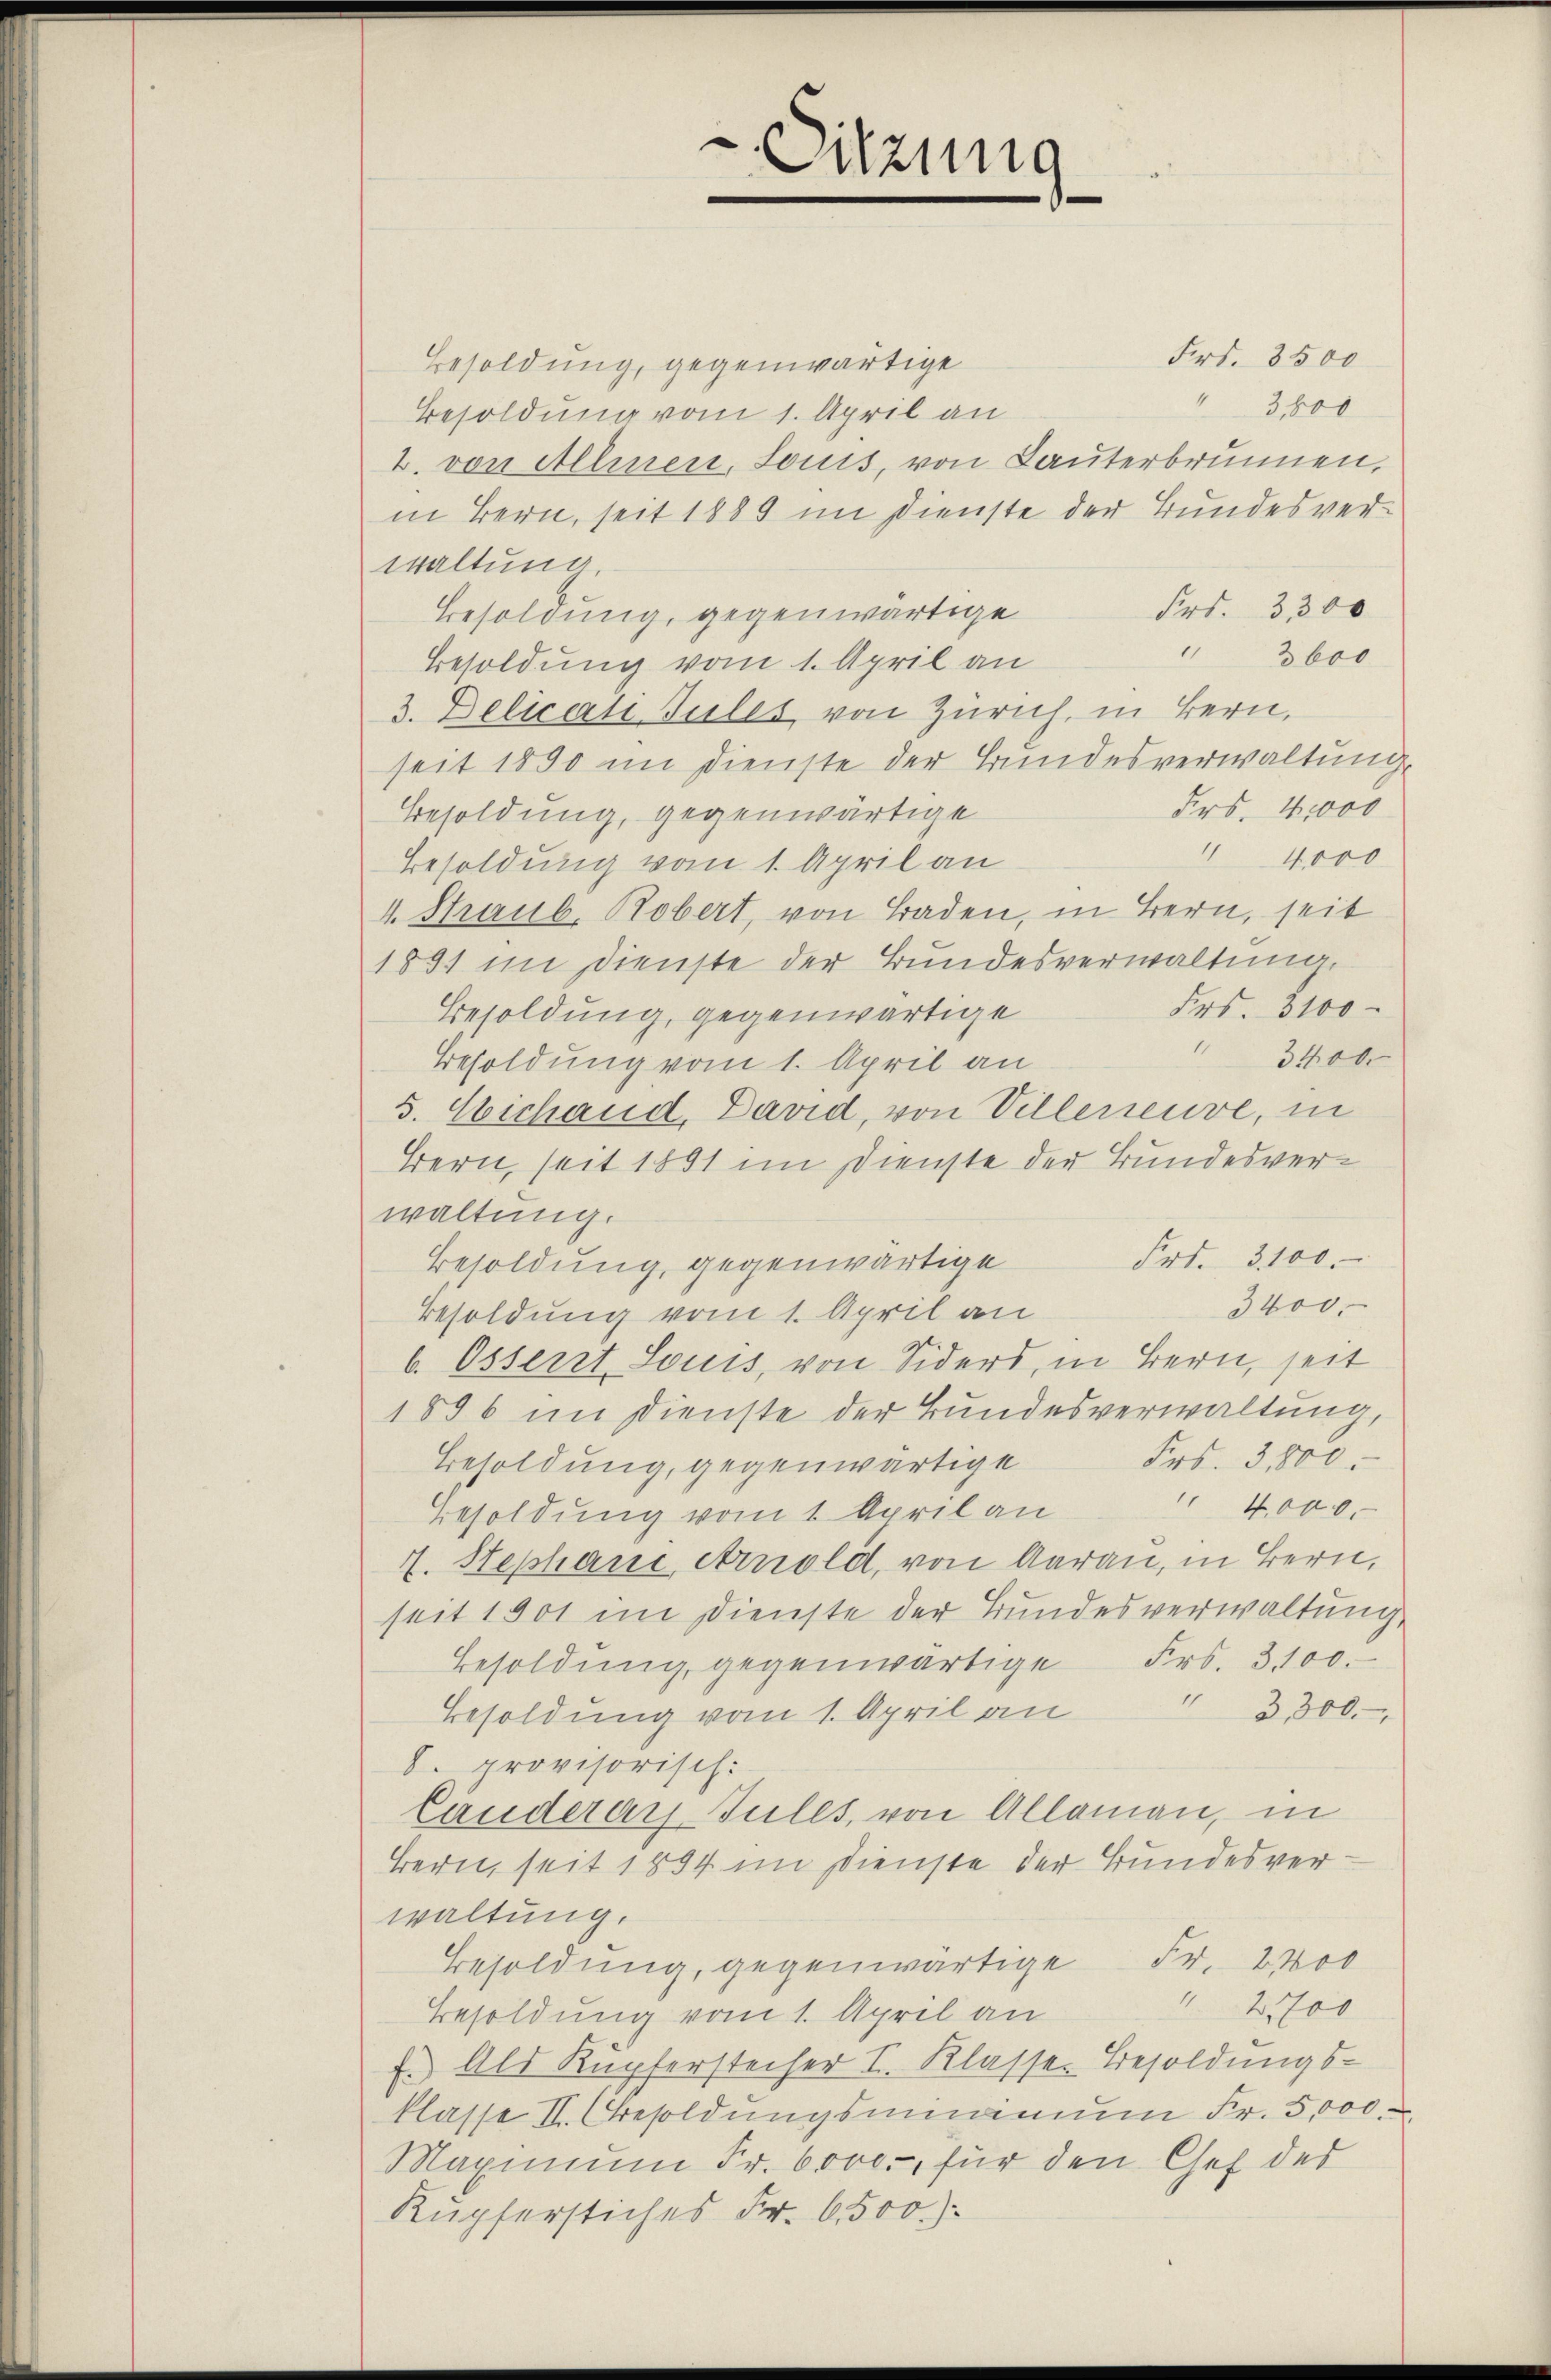
Frt. 3500
Besoldung, gegenwärtige
 3800
Besoldung vom 1. April an
2. von Allmen, Louis, von Lauterbrunnen,
in Bern, seit 1889 im Dienste der Bundesverwaltung
Frs. 3300
Besoldung, gegenwärtige
11
3 600
Besoldung vom 1. April an
3. Delicati Tules von Zürich, in Bern,
seit 1890 im Dienste der Bundesverwaltung
Frs. 41000
Besoldung, gegenwärtige
 4000
Besoldung vom 1. April an
4. Straub. Robert, von Baden, in Bern, seit
1891 im Dienste der Bundesverwaltung
Frs. 3100
Besoldung, gegenwärtige
3400.
Besoldung vom 1. April an
5. Eichand, David, von Villeneuve, in
Bern, seit 1891 im Dienste der Bundesverwaltung.
Frt. 3100.
Besoldung, gegenwärtige
3400.
Besoldung vom 1. April an
b. Osserst Louis, von Siders, in Bern, seit
1856 im Dienste der Bundesverwaltung,
Frs. 3500.
Besoldung, gegenwärtige
 4,000.
Besoldung vom 1. April an
4. Stephani Arnold, von Aarau, in Bern,
seit 1901 im Dienste der Bundesverwaltung,
Besoldung gegenwärtige Frs. 3100.
11
3,300.
Besoldung vom 1. April an
8. provisorisch:
Länderar-Jules, von Allaman, in
Bern, seit 1854 im Dienste der Bundesverwaltung.
Besoldung, gegenwärtige Fr. 2400
" 2700
Besoldung vom 1. April an
f. Als Kupferstecher I. Klasses Besoldungsklasse II. Besoldungsminimum Fr. 5,000.
Maximum Fr. 6000. für den Chef des
Kupferstiches Fr. 6. 500):

Sitzung